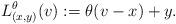
LaTeX: \begin{align*}L _{(x, y)} ^\theta ( v ) := \theta ( v - x ) + y .\end{align*}